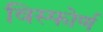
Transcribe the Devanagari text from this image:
विस्फोर्ण